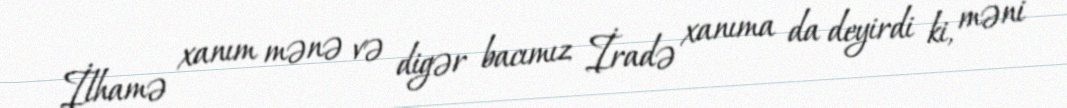
İlhamə xanım mənə və digər bacımız İradə xanıma da deyirdi ki, məni